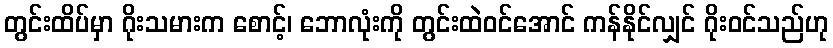
တွင်းထိပ်မှာ ဂိုးသမားက စောင့်၊ ဘောလုံးကို တွင်းထဲဝင်အောင် ကန်နိုင်လျှင် ဂိုးဝင်သည်ဟု